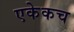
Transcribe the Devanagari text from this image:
एकेकच